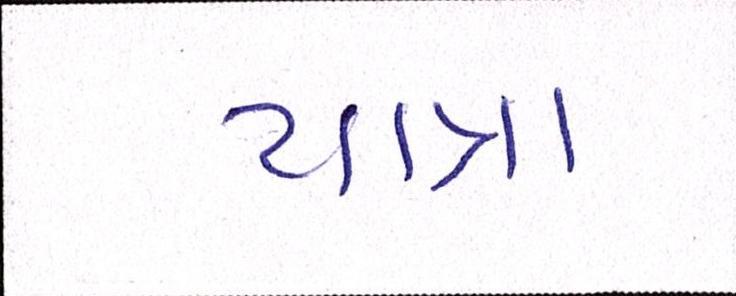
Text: યાત્રા